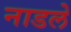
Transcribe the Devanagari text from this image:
नाडले